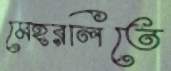
মেহরলিতে